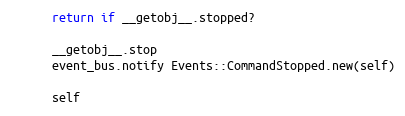
Language: Ruby
      return if __getobj__.stopped?

      __getobj__.stop
      event_bus.notify Events::CommandStopped.new(self)

      self